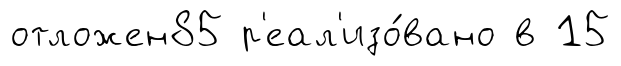
отложен85 р'еал'изо́вано в 15